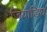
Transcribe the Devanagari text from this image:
जियोडिय